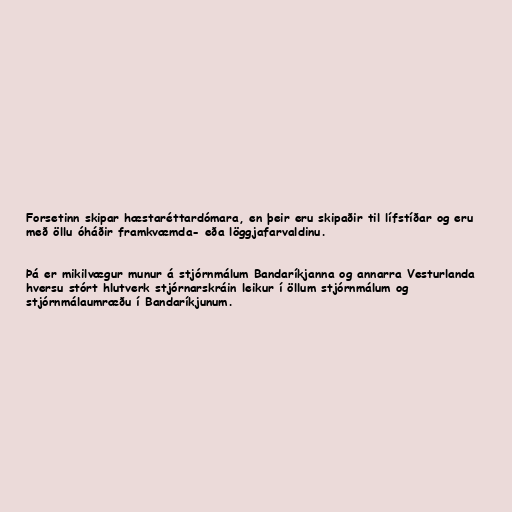
Forsetinn skipar hæstaréttardómara, en þeir eru skipaðir til lífstíðar og eru
með öllu óháðir framkvæmda- eða löggjafarvaldinu.

Þá er mikilvægur munur á stjórnmálum Bandaríkjanna og annarra Vesturlanda
hversu stórt hlutverk stjórnarskráin leikur í öllum stjórnmálum og
stjórnmálaumræðu í Bandaríkjunum.